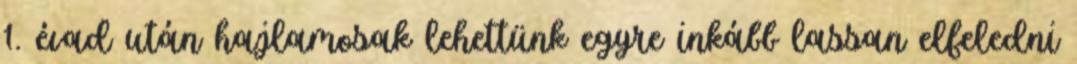
1. évad után hajlamosak lehettünk egyre inkább lassan elfeledni